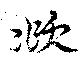
頫